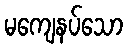
မကျေနပ်သော